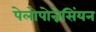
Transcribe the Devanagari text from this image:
पेलोपोन्नेसिंयन